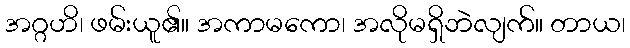
အဂ္ဂဟိ၊ ဖမ်းယူ၏။ အကာမကော၊ အလိုမရှိဘဲလျက်။ တာယ၊